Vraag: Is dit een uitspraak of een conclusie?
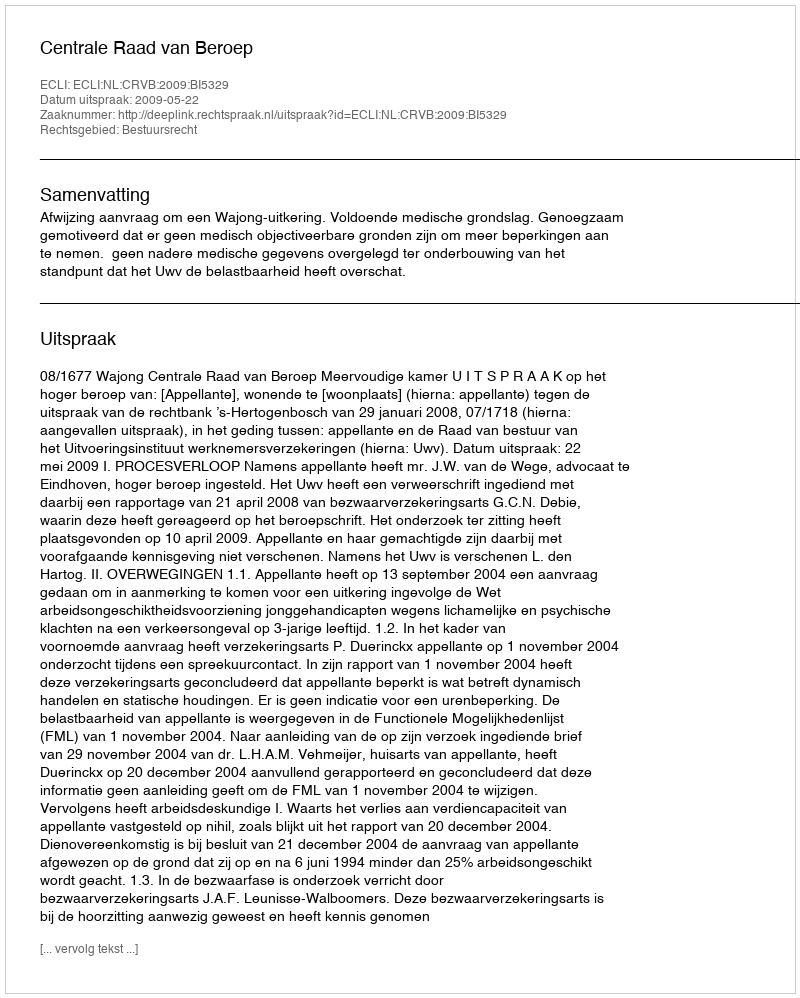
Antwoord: Uitspraak